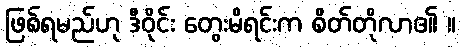
ဖြစ်ရမည်ဟု ဒီဝိုင်း တွေးမိရင်းက စိတ်တိုလာ၏ ။